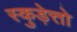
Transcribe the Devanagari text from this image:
स्कुड़ेत्तो